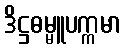
ဒိဋ္ဌဓမ္မူပက္ကမာ